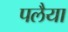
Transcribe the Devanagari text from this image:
पलैया